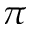
\pi